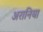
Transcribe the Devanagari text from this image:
अरानिया